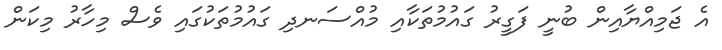
އެ ޖަމިއްޔާއިން ބުނީ ފަގީރު ގައުމުތަކާއި މުއްސަނދި ގައުމުތަކުގައި ވެސް މިހާރު މިކަން